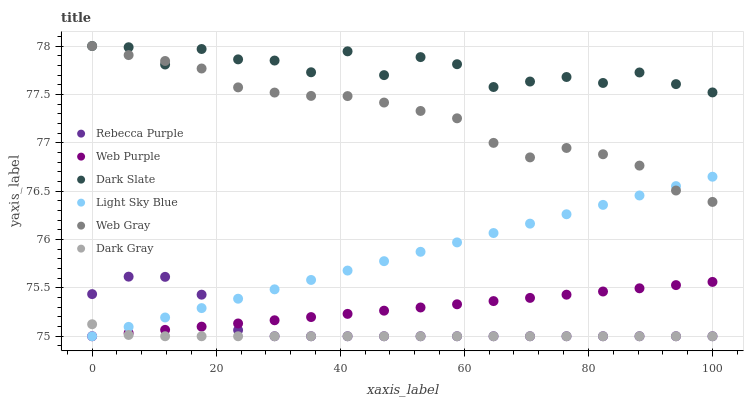
| xaxis_label | Rebecca Purple | Web Purple | Dark Slate | Light Sky Blue | Web Gray | Dark Gray |
 | --- | --- | --- | --- | --- | --- | --- |
 | 0 | 75.4 | 75 | 78 | 75 | 78 | 75.1 |
 | 5.88 | 75.6 | 75 | 78 | 75.1 | 77.9 | 75 |
 | 11.8 | 75.6 | 75.1 | 77.8 | 75.2 | 77.8 | 75 |
 | 17.6 | 75.4 | 75.1 | 78 | 75.3 | 77.8 | 75 |
 | 23.5 | 75.1 | 75.1 | 77.9 | 75.4 | 77.6 | 75 |
 | 29.4 | 75 | 75.2 | 77.8 | 75.5 | 77.5 | 75 |
 | 35.3 | 75 | 75.2 | 77.7 | 75.6 | 77.5 | 75 |
 | 41.2 | 75 | 75.2 | 77.9 | 75.7 | 77.5 | 75 |
 | 47.1 | 75 | 75.3 | 77.7 | 75.8 | 77.4 | 75 |
 | 52.9 | 75 | 75.3 | 77.9 | 75.9 | 77.3 | 75 |
 | 58.8 | 75 | 75.3 | 77.8 | 76 | 77.3 | 75 |
 | 64.7 | 75 | 75.4 | 77.6 | 76.1 | 77 | 75 |
 | 70.6 | 75 | 75.4 | 77.6 | 76.2 | 76.8 | 75 |
 | 76.5 | 75 | 75.4 | 77.7 | 76.3 | 76.9 | 75 |
 | 82.4 | 75 | 75.5 | 77.6 | 76.4 | 76.9 | 75 |
 | 88.2 | 75 | 75.5 | 77.7 | 76.5 | 76.8 | 75 |
 | 94.1 | 75 | 75.5 | 77.6 | 76.6 | 76.5 | 75 |
 | 100 | 75 | 75.6 | 77.5 | 76.6 | 76.4 | 75 |